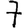
Digit: 7